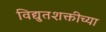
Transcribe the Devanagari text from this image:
विद्युतशक्तीच्या